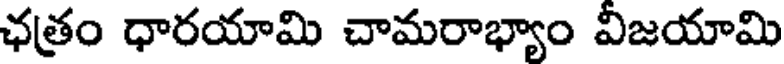
ఛత్రం ధారయామి చామరాభ్యాం విజయామి